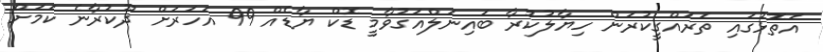
އަތޮޅުގައި ތަރައްގީކުރަން ހިޔާލުކުރާ ބައިނަލްއަގުވާމީ ޑޮކް ޔާޑެއް 99 އަހަރަށް ދޫކުރާނެ ކަމަށް